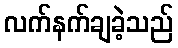
လက်နက်ချခဲ့သည်